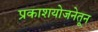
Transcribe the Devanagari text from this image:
प्रकाशयोजनेतून